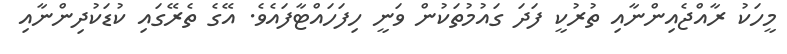
މީހަކު ރާއްޖެއިންނާއި ތުރުކީ ފަދަ ގައުމުތަކުން ވަނީ ހިފަަހައްޓާފައެވެ. އޭގެ ތެރޭގައި ކުޑަކުދިންނާއި